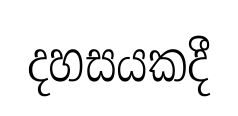
දහසයකදී